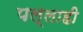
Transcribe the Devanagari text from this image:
पल्लाही